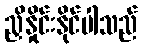
ညှိနှိုင်းနိုင်ပါသည်